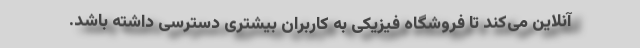
آنلاین می‌کند تا فروشگاه فیزیکی به کاربران بیشتری دسترسی داشته باشد.